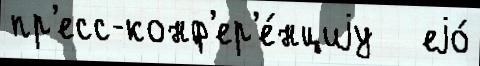
пр'есс-конф'ер'е́нциjу   еjо́